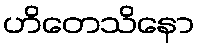
ဟိတေသိနော